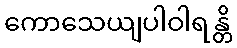
ကောသေယျပါဝါရန္တိ